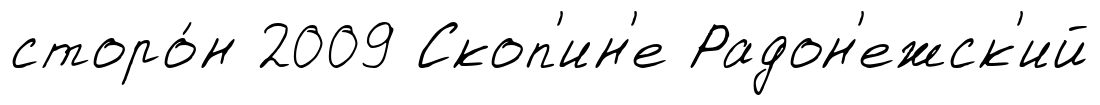
сторо́н 2009 Скоп'ин'е Радон'ежск'ий